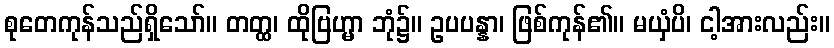
စုတေကုန်သည်ရှိသော်။ တတ္ထ၊ ထိုဗြဟ္မာ ဘုံ၌။ ဥပပန္နာ၊ ဖြစ်ကုန်၏။ မယှံပိ၊ ငါ့အားလည်း။